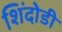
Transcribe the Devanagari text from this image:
शिंदोडी